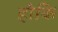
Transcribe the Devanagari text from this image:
होकि